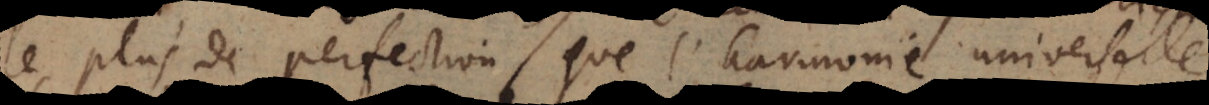
le plus de perfection que l’harmonie universelle